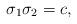
LaTeX: \begin{align*}\sigma_1\sigma_2 = c,\end{align*}